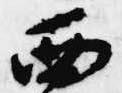
西